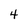
Character: 4